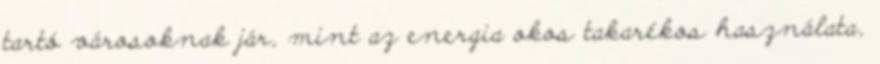
tartó városoknak jár, mint az energia okos takarékos használata,